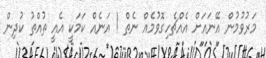
މަރުވުމުން އޭނައަށް އެއްޗެހިގޮވުމެއް ނެތް ! އަނެއް ކަމަކީ އެއީ ތުއްތު ކުދިން